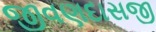
જીવણદાસજી